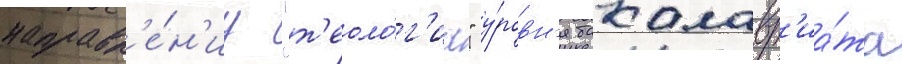
направл'е́н'иу "т'еоло́г'иа" у́ровн'я бакалавр'иа́та